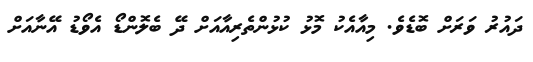
ދައުރު ވަރަށް ބޮޑެވެ. މިއާއެކު މޮޅު ކުޅުންތެރިއާއަށް ދޭ ބެލޮންޑޯ އެވޯޑު އޭނާއަށް